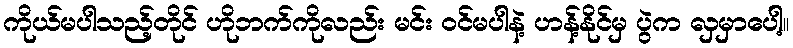
ကိုယ်မပါသည့်တိုင် ဟိုဘက်ကိုလည်း မင်း ဝင်မပါနဲ့ ဟန့်နိုင်မှ ပွဲက လှမှာပေါ့။